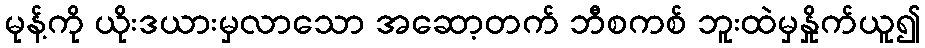
မုန့်ကို ယိုးဒယားမှလာသော အဆော့တက် ဘီစကစ် ဘူးထဲမှနှိုက်ယူ၍